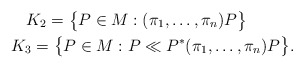
\begin{gather*}K_2=\bigl\{P\in M:(\pi_1,\ldots,\pi_n)P\bigr\}\quad\quad\\K_3=\bigl\{P\in M:P\ll P^*(\pi_1,\ldots,\pi_n)P\bigr\}.\end{gather*}